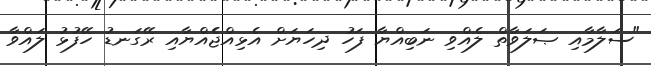
"ސަލާމާއި ޞަލަވާތް ލެއްވި ނަބިއްޔާ ފަހު ދިހަޔަށް އެޅިއްޖެެއްޔާއި ރޭގަނޑު ހޭފުޅު ލައްވާ